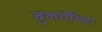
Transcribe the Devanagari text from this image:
बुलगेरिया